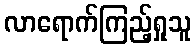
လာရောက်ကြည့်ရှုသူ